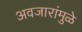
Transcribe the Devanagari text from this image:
अवजारांमुळे